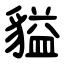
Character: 貖